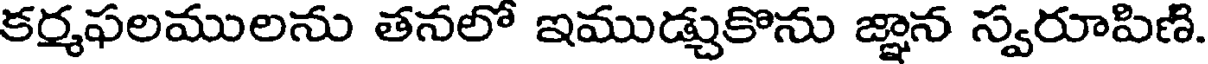
కర్మఫలములను తనలో ఇముడ్చుకొను జ్ఞాన స్వరూపిణి.